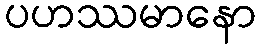
ပဟဿမာနော